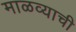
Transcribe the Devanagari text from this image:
माळव्याची